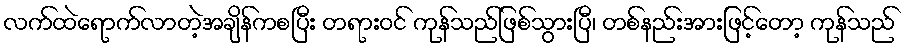
လက်ထဲရောက်လာတဲ့အချိန်ကစပြီး တရားဝင် ကုန်သည်ဖြစ်သွားပြီ၊ တစ်နည်းအားဖြင့်တော့ ကုန်သည်